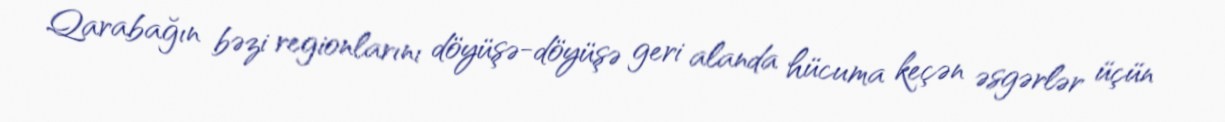
Qarabağın bəzi regionlarını döyüşə-döyüşə geri alanda hücuma keçən əsgərlər üçün